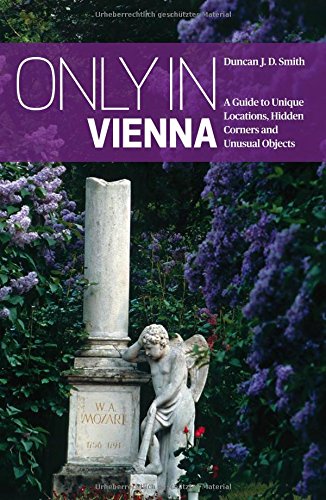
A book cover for Only in Vienna: A Guide to Unique Locations, Hidden Corners and Unusual Objects ("Only in" Guides) (Only in Guides); Duncan J. D. Smith; Travel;